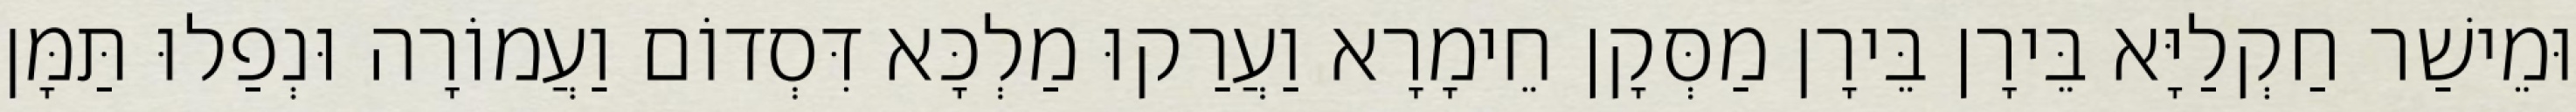
וּמֵישַׁר חַקְלַיָּא בֵּירָן בֵּירָן מַסְּקָן חֵימָרָא וַעֲרַקוּ מַלְכָּא דִּסְדוֹם וַעֲמוֹרָה וּנְפַלוּ תַּמָּן